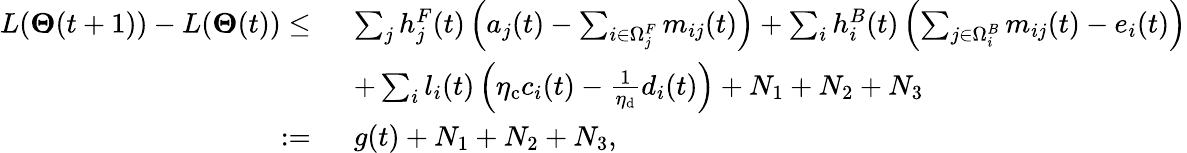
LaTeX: \begin{array}{rl}{L(\boldsymbol{\Theta}(t+1))-L(\boldsymbol{\Theta}(t))\le~}&{\sum_{j}h_{j}^{F}(t)\left(a_{j}(t)-\sum_{i\in\Omega_{j}^{F}}m_{ij}(t)\right)+\sum_{i}h_{i}^{B}(t)\left(\sum_{j\in\Omega_{i}^{B}}m_{ij}(t)-e_{i}(t)\right)}\\ {~}&{+\sum_{i}l_{i}(t)\left(\eta_{\mathrm{c}}c_{i}(t)-\frac{1}{\eta_{\mathrm{d}}}d_{i}(t)\right)+N_{1}+N_{2}+N_{3}}\\ {:=~}&{g(t)+N_{1}+N_{2}+N_{3},}\end{array}